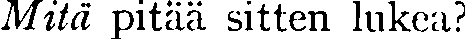
Mitä pitää sitten lukea?